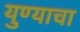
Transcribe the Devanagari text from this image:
युण्याचा